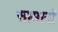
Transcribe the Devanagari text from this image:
सामानॉ